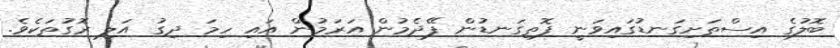
ބޮލުގެ އިސްތަށިގަނޑުގައިވަނީ ފޮތިގަނޑުން ފޭދެމުން އަރަމުން އައި ހިމަ ދިގު އަލި ރޮގުތަކެވެ.